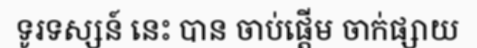
ទូរទស្សន៍ នេះ បាន ចាប់ផ្តើម ចាក់ផ្សាយ